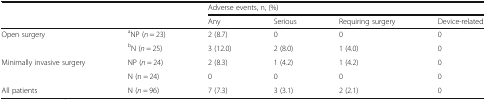
| <ROWSPAN=2-COLSPAN=2>  | <COLSPAN=4> Adverse events, n, (%) |
 | Any | Serious | Requiring surgery | Device-related |
 | --- | --- | --- | --- | --- | --- |
 | <ROWSPAN=2> Open surgery | aNP (n = 23) | 2 (8.7) | 0 | 0 | 0 |
 | bN (n = 25) | 3 (12.0) | 2 (8.0) | 1 (4.0) | 0 |
 | <ROWSPAN=2> Minimally invasive surgery | NP (n = 24) | 2 (8.3) | 1 (4.2) | 1 (4.2) | 0 |
 | N (n = 24) | 0 | 0 | 0 | 0 |
 | All patients | N (n = 96) | 7 (7.3) | 3 (3.1) | 2 (2.1) | 0 |